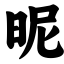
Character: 昵